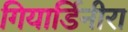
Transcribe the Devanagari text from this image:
गियार्डिनीरा